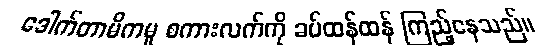
ဒေါက်တာမိကမူ စကားလက်ကို ခပ်ထန်ထန် ကြည့်နေသည်။